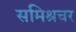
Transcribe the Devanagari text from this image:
समिश्रचर